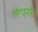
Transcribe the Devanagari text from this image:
लेपरहे